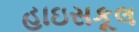
હાઇસકૂલ